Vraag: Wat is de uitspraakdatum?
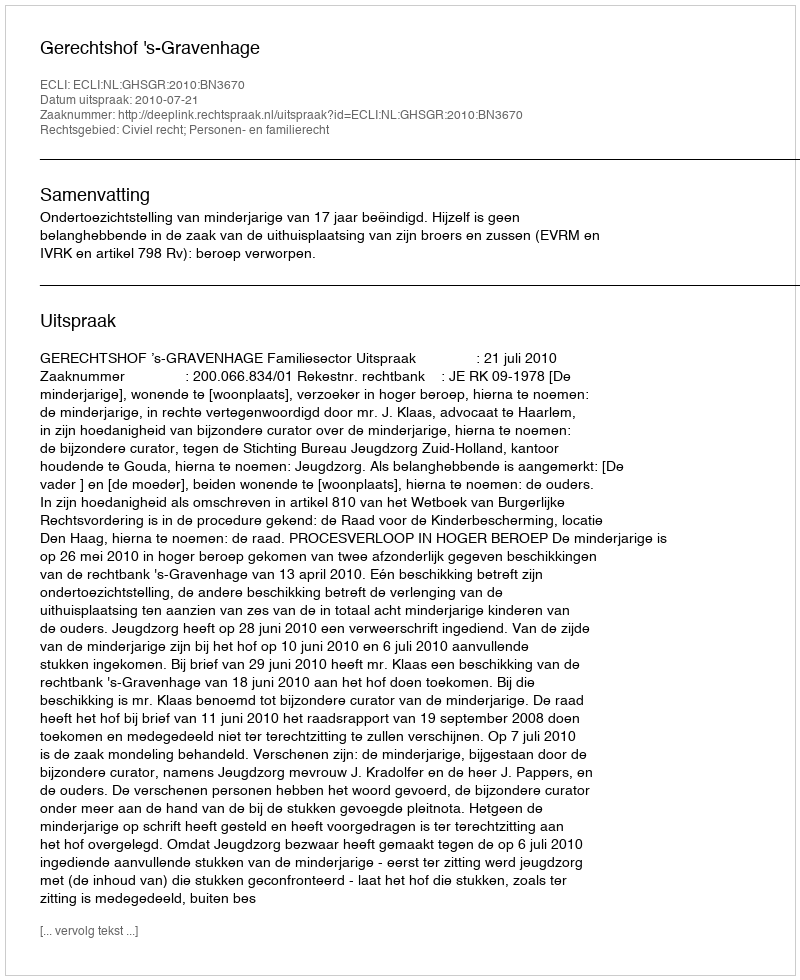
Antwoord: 2010-07-21